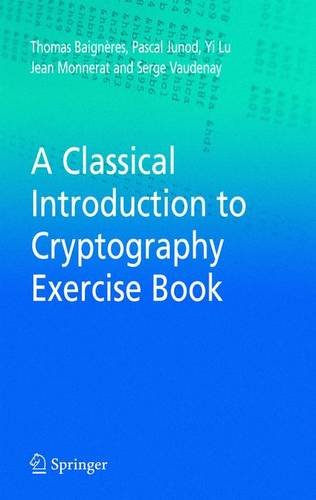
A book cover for A Classical Introduction to Cryptography Exercise Book; Thomas Baigneres; Computers & Technology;